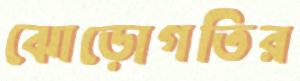
ঝোড়োগতির